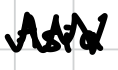
Text: Asia.
Cross-out: zig-zag
Writing tool: digital_black